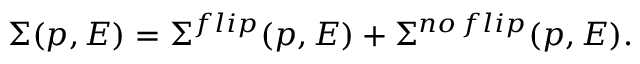
\Sigma ( p , E ) = \Sigma ^ { f l i p } ( p , E ) + \Sigma ^ { n o \, f l i p } ( p , E ) .